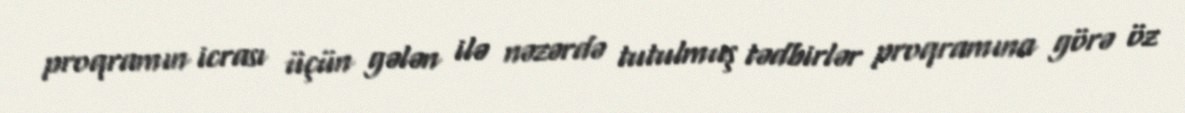
proqramın icrası üçün gələn ilə nəzərdə tutulmuş tədbirlər proqramına görə öz